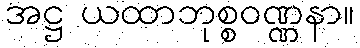
အဋ္ဌ ယထာဘုစ္စဝဏ္ဏနာ။